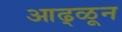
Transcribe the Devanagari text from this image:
आढ्ळून